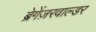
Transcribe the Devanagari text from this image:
ब्रेगेंज़रवाल्डर